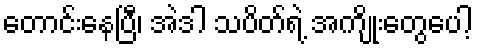
တောင်းနေပြီ၊ အဲဒါ သပိတ်ရဲ့ အကျိုးတွေပေါ့